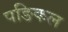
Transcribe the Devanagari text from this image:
पङिकल